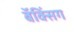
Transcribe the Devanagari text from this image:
बॅक्सिंग